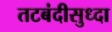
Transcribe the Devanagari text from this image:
तटबंदीसुध्दा